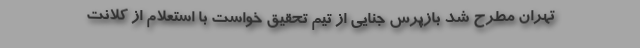
تهران مطرح شد بازپرس جنایی از تیم تحقیق خواست با استعلام از کلانت